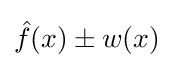
{\hat {f}}(x)\pm w(x)